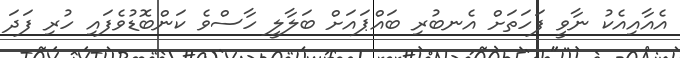
އެއާއިއެކު ނާވީ ފަހަތަށް އެނބުރި ބައްޕައަށް ބަލާލީ ހާސްވެ ކަންބޮޑުވެފައި ހުރި ފަދަ